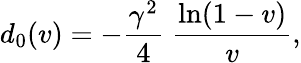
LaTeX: d_{0}(v)=-{\frac{\gamma^{2}}{4}}\; {\frac{\ln(1-v)}{v}},